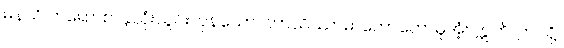
မနသိ ကရောထ၊ နှလုံးသွင်းကုန်သော။ ဘာသိဿာမိ၊ ဟောတော်မူအံ့။ ဣတိ၊ ဤသို့။